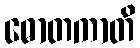
ဓောတကာတိ